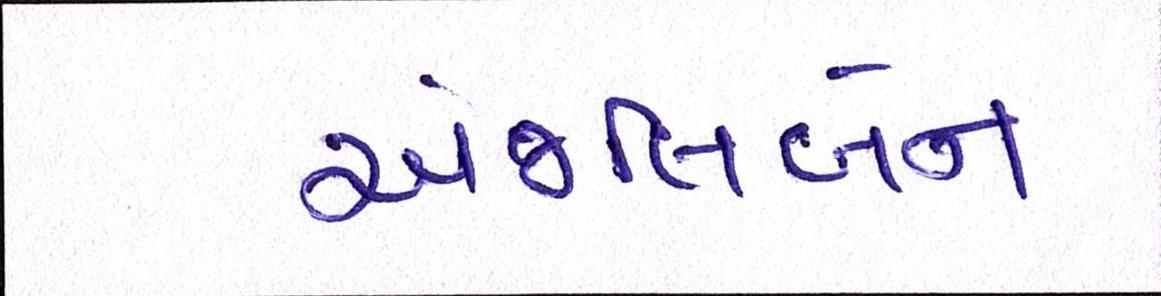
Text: અંજલિબેન